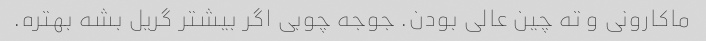
ماکارونی و ته چین عالی بودن. جوجه چوبی اگر بیشتر گریل بشه بهتره.